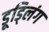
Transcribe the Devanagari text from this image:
डूड्लिंग